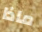
ماذا